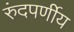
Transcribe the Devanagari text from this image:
रुंदपर्णीय